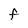
Character: F